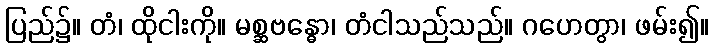
ပြည်၌။ တံ၊ ထိုငါးကို။ မစ္ဆဗန္ဓော၊ တံငါသည်သည်။ ဂဟေတွာ၊ ဖမ်း၍။